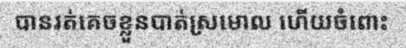
បានរត់គេចខ្លួនបាត់ស្រមោល ហើយចំពោះ